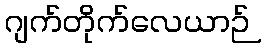
ဂျက်တိုက်လေယာဉ်